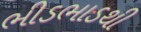
ભીડભાડથી